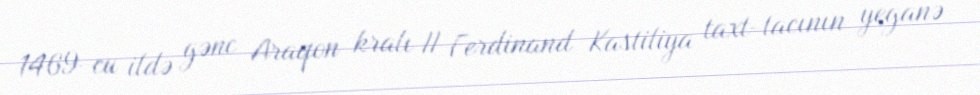
1469-cu ildə gənc Araqon kralı II Ferdinand Kastiliya taxt-tacının yeganə